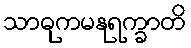
သာဓုကမနုရက္ခာတိ